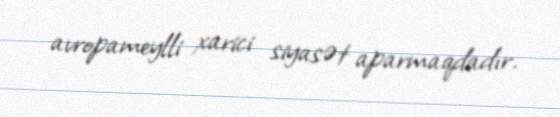
avropameylli xarici siyasət aparmaqdadır.